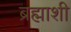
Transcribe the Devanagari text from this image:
ब्रह्माशी